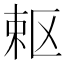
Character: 𭪈